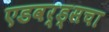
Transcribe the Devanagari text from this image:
एडवर्ड्सचा